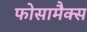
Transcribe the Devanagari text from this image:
फोसामैक्स